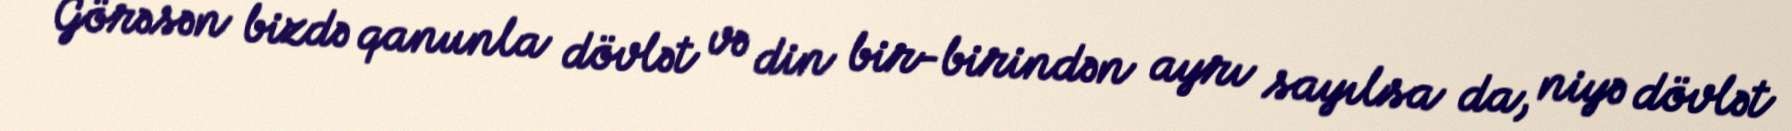
Görəsən bizdə qanunla dövlət və din bir-birindən ayrı sayılsa da, niyə dövlət